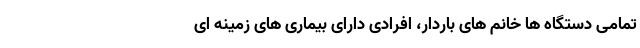
تمامی دستگاه ها خانم های باردار، افرادی دارای بیماری های زمینه ای